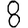
Digit: 8